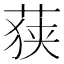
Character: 𮏶